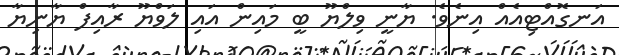
އަނގޮއްޓިއެއް އިނެވެ. ޔާނީ ވިލްޔޫ ބީ މައިން އައި ލަވްޔޫ ރާއިފް ޔާނިޔާ